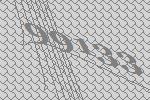
99133